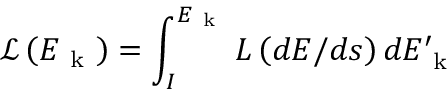
\mathcal { L } \left( E _ { \mathrm { ~ k ~ } } \right) = \int _ { I } ^ { E _ { \mathrm { ~ k ~ } } } L \left( d E / d s \right) d E _ { \mathrm { ~ k ~ } } ^ { \prime }